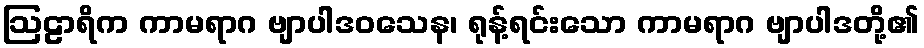
ဩဠာရိက ကာမရာဂ ဗျာပါဒဝသေန၊ ရုန့်ရင်းသော ကာမရာဂ ဗျာပါဒတို့၏